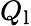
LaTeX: Q_{\mathrm{l}}